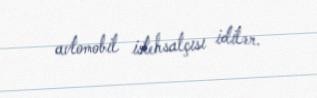
avtomobil istehsalçısı idilər.